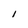
Character: l